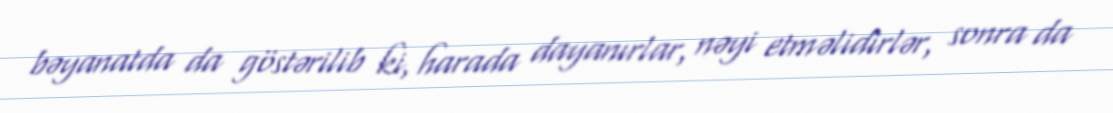
bəyanatda da göstərilib ki, harada dayanırlar, nəyi etməlidirlər, sonra da